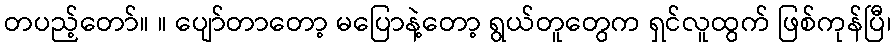
တပည့်တော်။ ။ ပျော်တာတော့ မပြောနဲ့တော့ ရွယ်တူတွေက ရှင်လူထွက် ဖြစ်ကုန်ပြီ၊